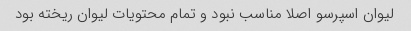
لیوان اسپرسو اصلا مناسب نبود و تمام محتویات لیوان ریخته بود